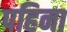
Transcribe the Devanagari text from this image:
पहिना